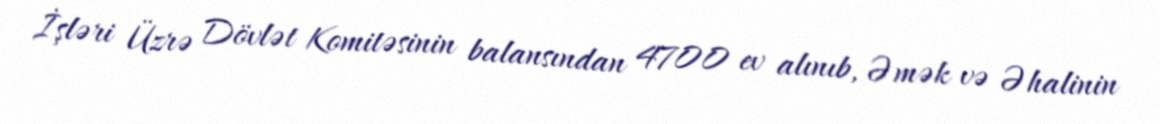
İşləri Üzrə Dövlət Komitəsinin balansından 4700 ev alınıb, Əmək və Əhalinin